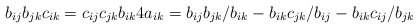
\begin{gather*}b_{ij} b_{jk} c_{ik}=c_{ij} c_{jk} b_{ik} 4 a_{ik}=b_{ij} b_{jk}/b_{ik}-b_{ik} c_{jk}/b_{ij}-b_{ik} c_{ij}/b_{jk}\end{gather*}